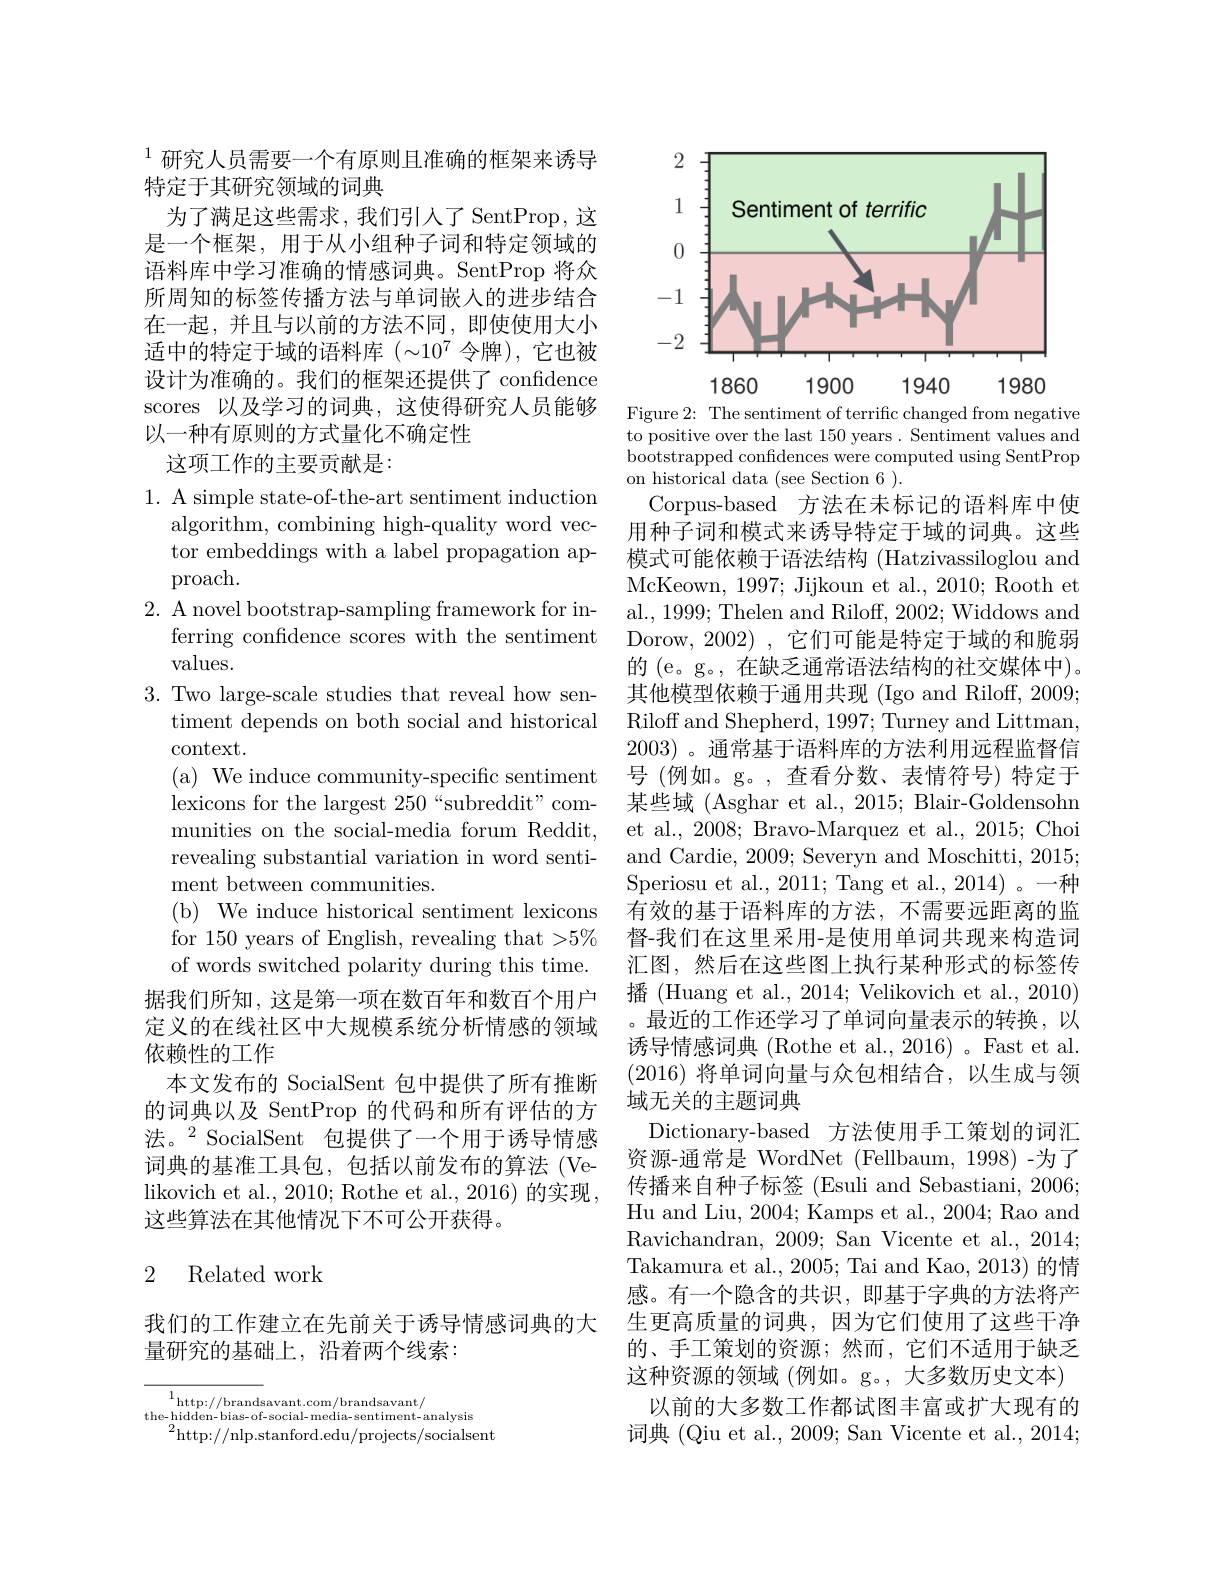
$^{1}$研究人员需要一个有原则且准确的框架来诱导
特定于其研究领域的词典
为了满足这些需求，我们引入了 SentProp, 这是一个框架，用于从小组种子词和特定领域的语料库中学习准确的情感词典。SentProp 将众所周知的标签传播方法与单词嵌入的进步结合在一起，并且与以前的方法不同，即使使用大小适中的特定于域的语料库$(\sim10^7$令牌),它也被设计为准确的。我们的框架还提供了 confidence scores 以及学习的词典，这使得研究人员能够以一种有原则的方式量化不确定性

这项工作的主要贡献是：

1. A simple state-of-the-art sentiment induction
algorithm, combining high-quality word vector embeddings with a label propagation approach.
2. A novel bootstrap-sampling framework for in-
ferring confidence scores with the sentiment
values.
3. Two large-scale studies that reveal how sen-
timent depends on both social and historical
context.
( a) We induce community- specific sentiment lexicons for the largest 250“subreddit”communities on the social-media forum Reddit, revealing substantial variation in word sentiment between communities.
(b) We induce historical sentiment lexicons for 150 years of English, revealing that >5% of words switched polarity during this time.
据我们所知，这是第一项在数百年和数百个用户定义的在线社区中大规模系统分析情感的领域依赖性的工作
本文发布的 SocialSent 包中提供了所有推断的词典以及 SentProp 的代码和所有评估的方法。$^{2}$SocialSent 包提供了一个用于诱导情感词典的基准工具包，包括以前发布的算法(Velikovich et al. , 2010; Rothe et al. , 2016) 的实现， 这些算法在其他情况下不可公开获得。

## 2 Related work

我们的工作建立在先前关于诱导情感词典的大
量研究的基础上，沿着两个线索：

$\begin{array}{c}{1}{\mathrm{http://brandsavant.com/brandsavant/}}\\{\mathrm{the-hidden-bias-of-social-media-sentiment-analysis}}\end{array}$
$^{2}$http://nlp.stanford.edu/projects/socialsent

<FigureHere>

Figure 2: The sentiment of terrific changed from negative to positive over the last 150 years . Sentiment values and bootstrapped confidences were computed using SentProp on historical data (see Section 6).
Corpus-based 方法在未标记的语料库中使用种子词和模式来诱导特定于域的词典。这些模式可能依赖于语法结构 (Hatzivassiloglou and McKeown, 1997; Jijkoun et al., 2010; Rooth et al., 1999; Thelen and Riloff, 2002; Widdows and Dorow, 2002), 它们可能是特定于域的和脆弱的 (e。g。, 在缺乏通常语法结构的社交媒体中)。其他模型依赖于通用共现(Igo and Riloff, 2009; Riloff and Shepherd, 1997; Turney and Littman, 2003) 。通常基于语料库的方法利用远程监督信号 (例如。g。,查看分数、表情符号)特定于某些域 (Asghar et al., 2015; Blair-Goldensohn et al., 2008; Bravo-Marquez et al., 2015; Choi and Cardie, 2009; Severyn and Moschitti, 2015; Speriosu et al., 2011; Tang et al., 2014)。一种有效的基于语料库的方法，不需要远距离的监督-我们在这里采用-是使用单词共现来构造词汇图，然后在这些图上执行某种形式的标签传播 (Huang et al., 2014; Velikovich et al., 2010) 。最近的工作还学习了单词向量表示的转换，以诱导情感词典 (Rothe et al., 2016) 。Fast et al. (2016)将单词向量与众包相结合，以生成与领域无关的主题词典
Dictionary-based 方法使用手工策划的词汇资源-通常是 WordNet (Fellbaum, 1998) -为了传播来自种子标签 (Esuli and Sebastiani, 2006; Hu and Liu, 2004; Kamps et al., 2004; Rao and Ravichandran, 2009; San Vicente et al. , 2014; Takamura et al., 2005; Tai and Kao, 2013) 的情感。有一个隐含的共识，即基于字典的方法将产生更高质量的词典，因为它们使用了这些干净的、手工策划的资源；然而，它们不适用于缺乏这种资源的领域(例如。g。,大多数历史文本)
以前的大多数工作都试图丰富或扩大现有的词典 (Qiu et al., 2009; San Vicente et al., 2014;